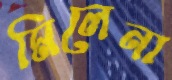
মিলেনা